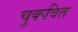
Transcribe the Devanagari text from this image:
चुकवित